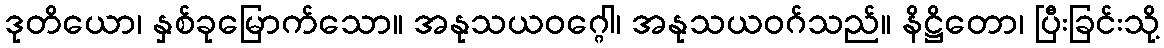
ဒုတိယော၊ နှစ်ခုမြောက်သော။ အနုသယဝဂ္ဂေါ၊ အနုသယဝဂ်သည်။ နိဋ္ဌိတော၊ ပြီးခြင်းသို့